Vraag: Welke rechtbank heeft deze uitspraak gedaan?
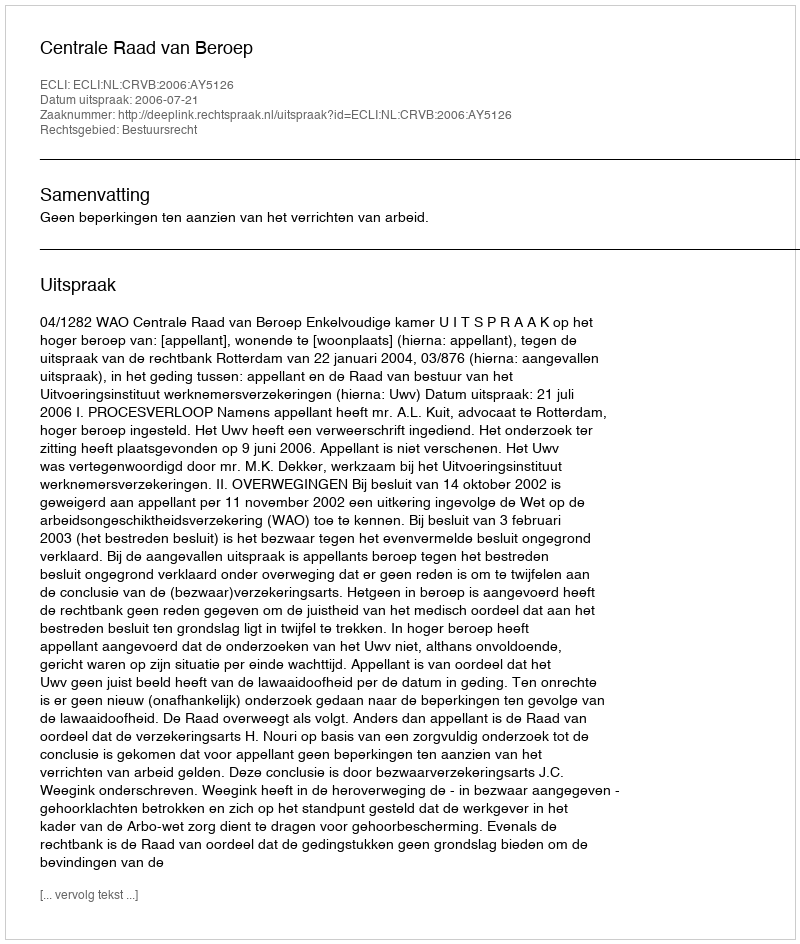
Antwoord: Centrale Raad van Beroep